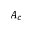
A _ { c }